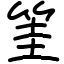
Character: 筀